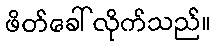
ဖိတ်ခေါ်လိုက်သည်။